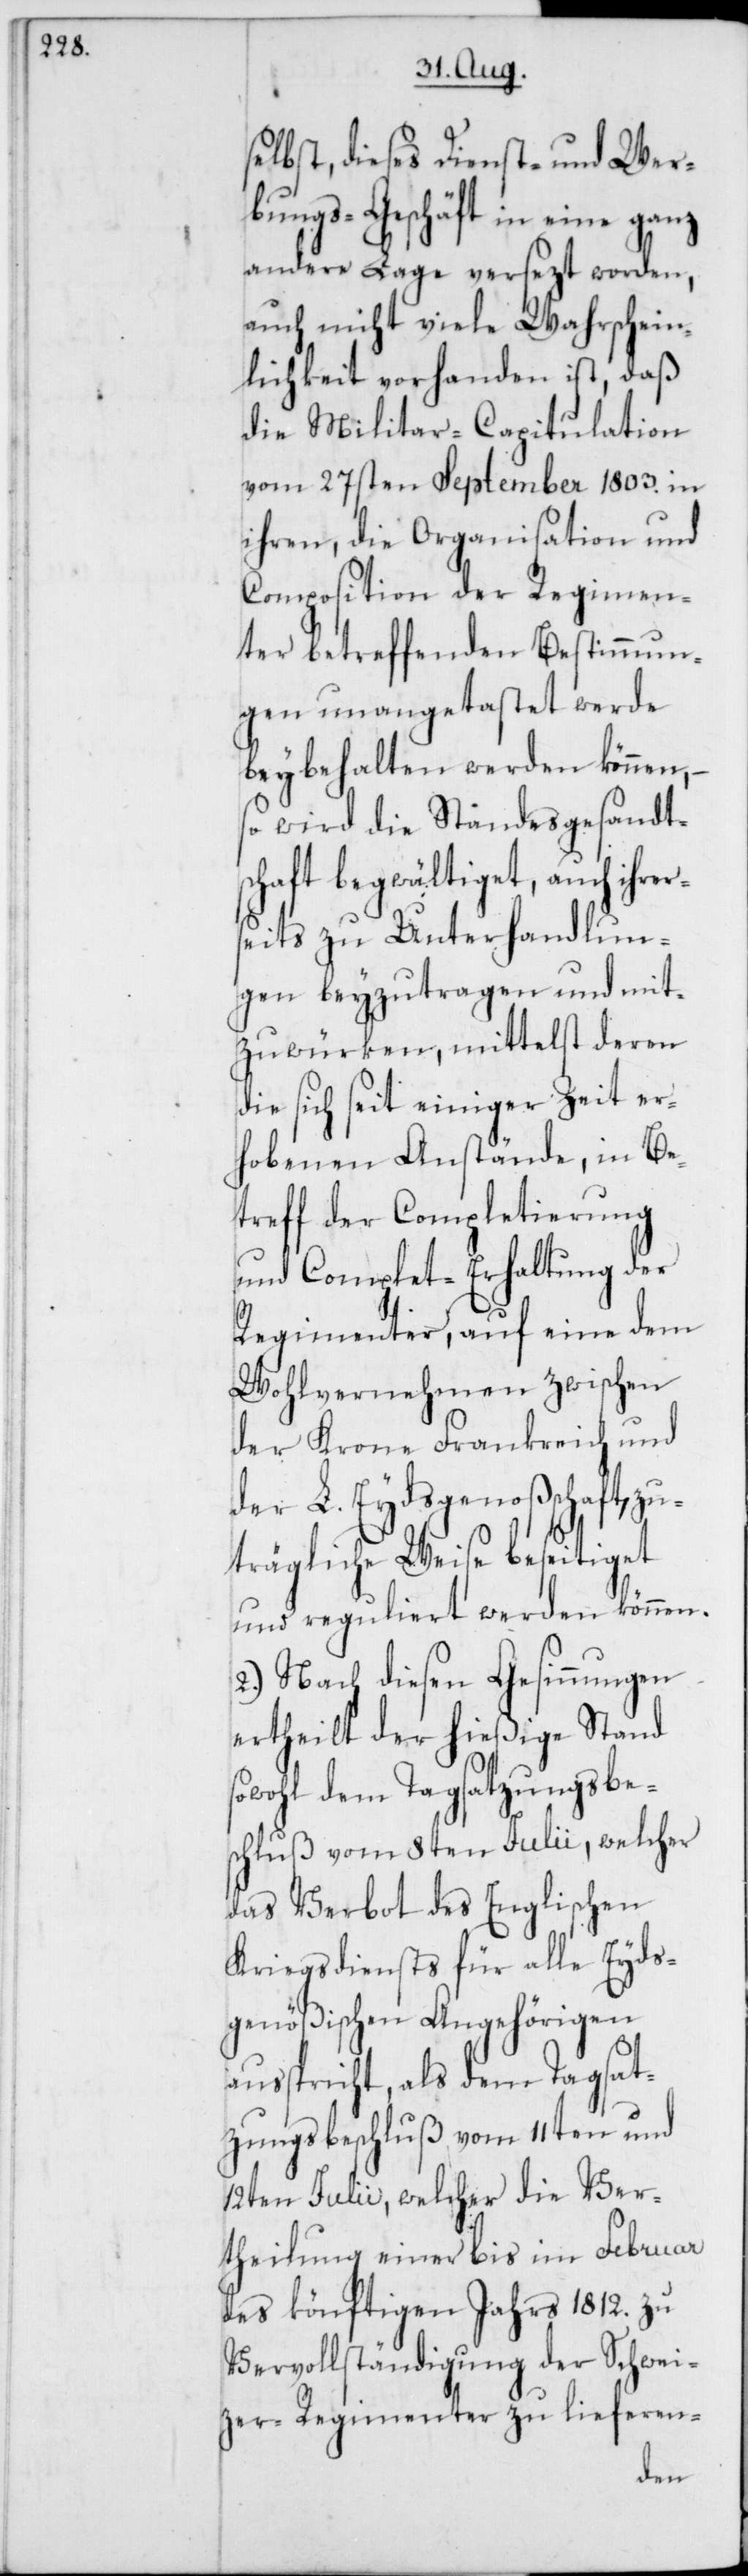
selbst, dieses Dienst- und Wer¬
bungs-Geschäft in eine ganz
andere Lage versezt worden,
auch nicht viele Wahrschein¬
lichkeit vorhanden ist, daß
die Militar-Capitulation
vom 27sten September 1803. in
ihren, die Organisation und
Composition der Regimen¬
ter betreffenden Bestimmun¬
gen unangetastet werde
beybehalten werden können,
so wird die Standesgesandts¬
chaft begwältiget, auch ihrer¬
seits zu Unterhandlun¬
gen beyzutragen und mit¬
zuwürken, mittelst deren
die sich seit einiger Zeit er¬
hobenen Anstände, in Be¬
treff der Completierung
und Complet-Erhaltung der
Regimenter, auf eine dem
Wohlvernehmen zwischen
der Krone Frankreich und
der L. Eydsgenoßenschaft, z¬
uträgliche Weise beseitiget
und reguliert werden können.
2.) Nach diesen Gesinnungen
ertheilt der hießige Stand
sowohl dem Tagsatzungbe¬
schluß vom 8ten Julii, welcher
das Verbot des Englischen
Kriegsdiensts für alle Eyds¬
genößischen Angehörigen
ausspricht, als dem Tagsat¬
zungsbeschluß vom 11ten und
12ten Julii, welcher die Ver¬
theilung einer bis im Februar
des könftigen Jahrs 1812. zu
Vervollständigung der Schwei¬
zer-Regimenter zu lieferen-